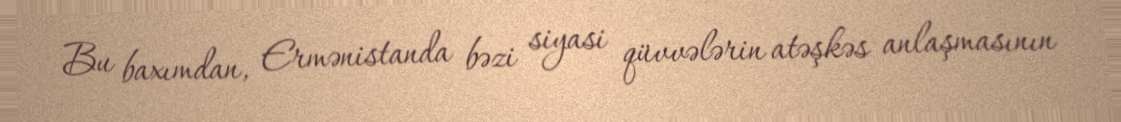
Bu baxımdan, Ermənistanda bəzi siyasi qüvvələrin atəşkəs anlaşmasının